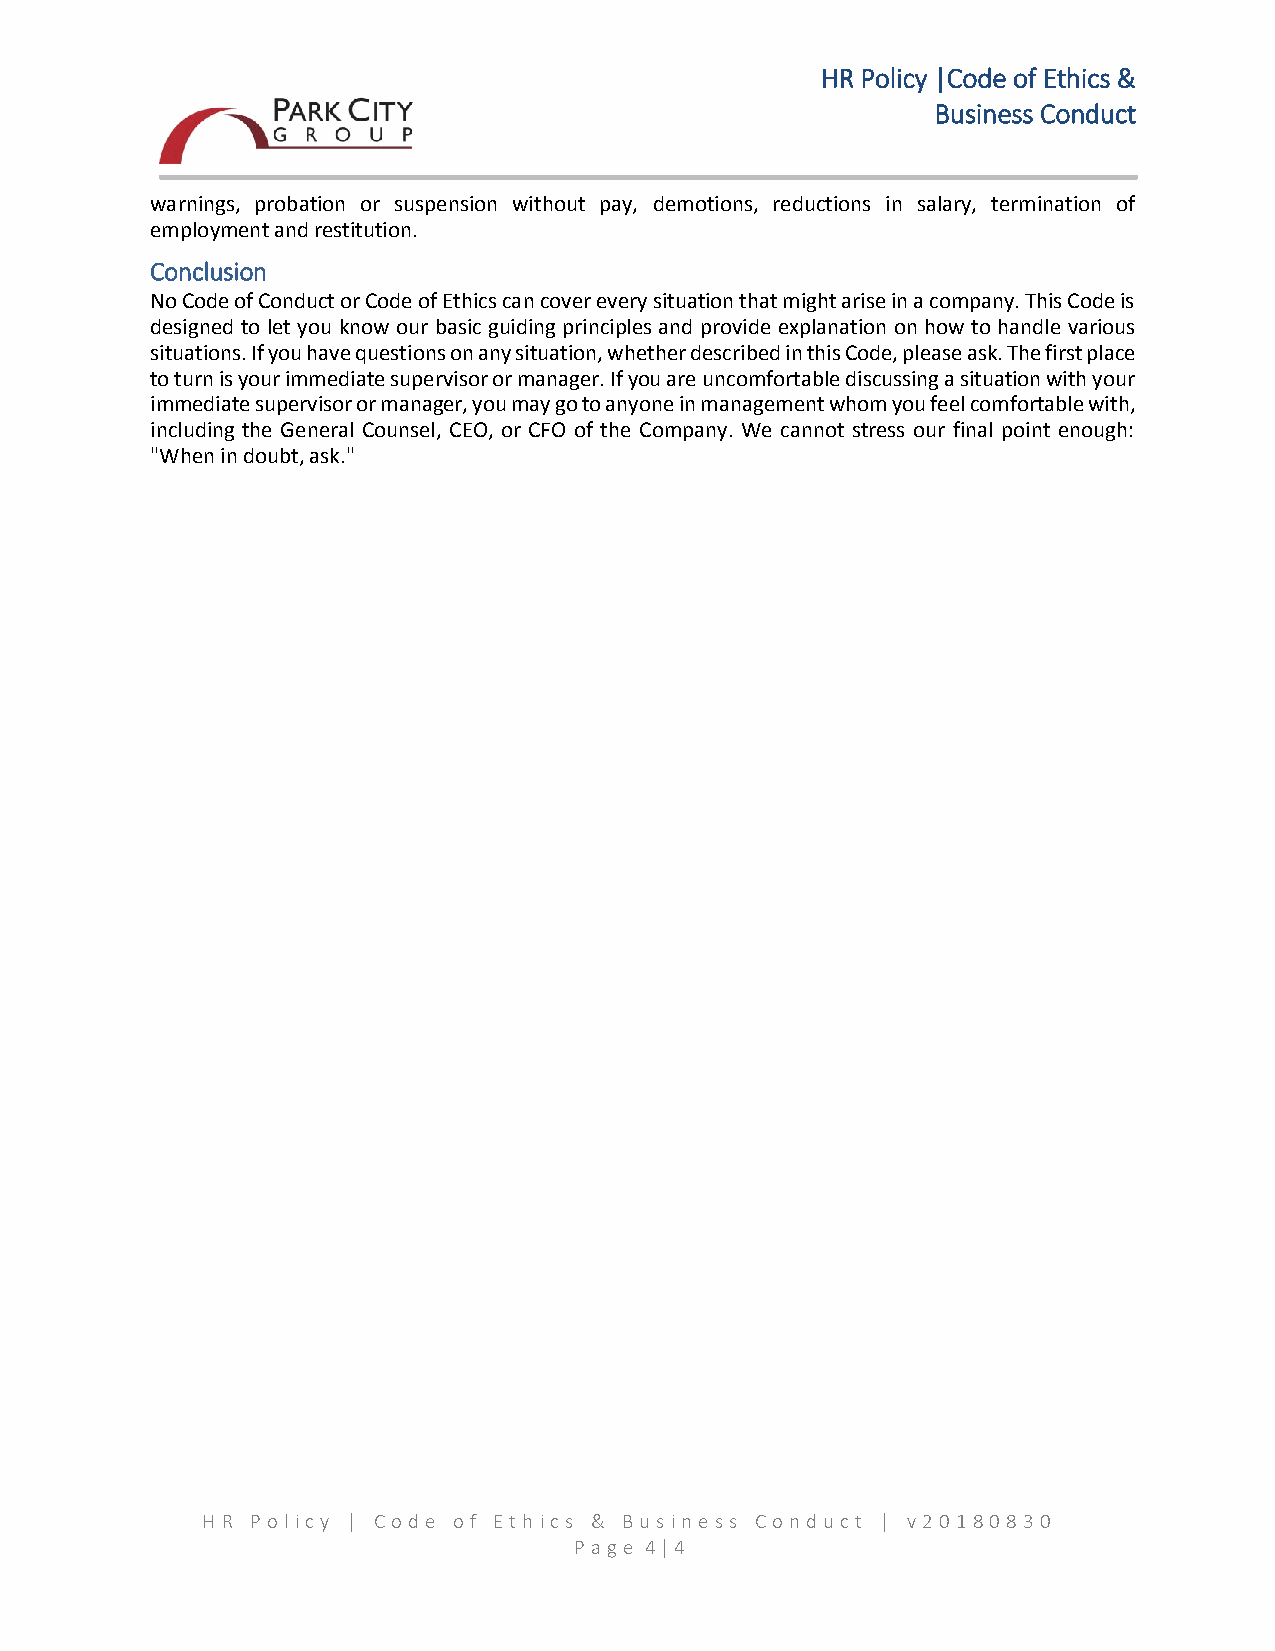
HR Policy |Code of Ethics &
 Business Conduct
 warnings, probation or suspension without pay, demotions, reductions in salary, termination of
 employment and restitution.
 Conclusion
 No Code of Conduct or Code of Ethics can cover every situation that might arise in a company. This Code is
 designed to let you know our basic guiding principles and provide explanation on how to handle various
 situations. If you have questions on any situation, whether described in this Code, please ask. The first place
 to turn is your immediate supervisor or manager. If you are uncomfortable discussing a situation with your
 immediate supervisor or manager, you may go to anyone in management whom you feel comfortable with,
 including the General Counsel, CEO, or CFO of the Company. We cannot stress our final point enough:
 "When in doubt, ask."
 H R Pol icy | Co de of Eth ics & Bus ine ss Con duct | v20 1 80 83 0
 P age 4 | 4